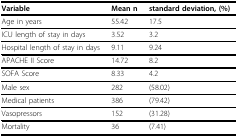
| Variable | Mean n | standard deviation, (%) |
 | --- | --- | --- |
 | Age in years | 55.42 | 17.5 |
 | ICU length of stay in days | 3.52 | 3.2 |
 | Hospital length of stay in days | 9.11 | 9.24 |
 | APACHE II Score | 14.72 | 8.2 |
 | SOFA Score | 8.33 | 4.2 |
 | Male sex | 282 | (58.02) |
 | Medical patients | 386 | (79.42) |
 | Vasopressors | 152 | (31.28) |
 | Mortality | 36 | (7.41) |